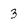
Character: 3